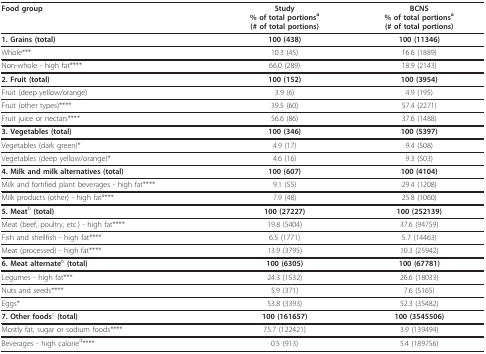
<table><thead><tr><td><b>Food group</b></td><td><b>Study% of total portions<sup>a</sup>(# of total portions)</b></td><td><b>BCNS% of total portions<sup>a</sup>(# of total portions)</b></td></tr></thead><tbody><tr><td><b>1. Grains (total)</b></td><td><b>100 (438)</b></td><td><b>100 (11346)</b></td></tr><tr><td>Whole***</td><td>10.3 (45)</td><td>16.6 (1889)</td></tr><tr><td>Non-whole - high fat****</td><td>66.0 (289)</td><td>18.9 (2143)</td></tr><tr><td><b>2. Fruit (total)</b></td><td><b>100 (152)</b></td><td><b>100 (3954)</b></td></tr><tr><td>Fruit (deep yellow/orange)</td><td>3.9 (6)</td><td>4.9 (195)</td></tr><tr><td>Fruit (other types)****</td><td>39.5 (60)</td><td>57.4 (2271)</td></tr><tr><td>Fruit juice or nectars****</td><td>56.6 (86)</td><td>37.6 (1488)</td></tr><tr><td><b>3. Vegetables (total)</b></td><td><b>100 (346)</b></td><td><b>100 (5397)</b></td></tr><tr><td>Vegetables (dark green)*</td><td>4.9 (17)</td><td>9.4 (508)</td></tr><tr><td>Vegetables (deep yellow/orange)*</td><td>4.6 (16)</td><td>9.3 (503)</td></tr><tr><td><b>4. Milk and milk alternatives (total)</b></td><td><b>100 (607)</b></td><td><b>100 (4104)</b></td></tr><tr><td>Milk and fortified plant beverages - high fat****</td><td>9.1 (55)</td><td>29.4 (1208)</td></tr><tr><td>Milk products (other) - high fat****</td><td>7.9 (48)</td><td>25.8 (1060)</td></tr><tr><td><b>5. Meat</b><sup>b </sup><b>(total)</b></td><td><b>100 (27227)</b></td><td><b>100 (252139)</b></td></tr><tr><td>Meat (beef, poultry, etc.) - high fat****</td><td>19.8 (5404)</td><td>37.6 (94759)</td></tr><tr><td>Fish and shellfish - high fat****</td><td>6.5 (1771)</td><td>5.7 (14463)</td></tr><tr><td>Meat (processed) - high fat****</td><td>13.9 (3795)</td><td>10.3 (25942)</td></tr><tr><td><b>6. Meat alternate</b><sup>b </sup><b>(total)</b></td><td><b>100 (6305)</b></td><td><b>100 (67781)</b></td></tr><tr><td>Legumes - high fat***</td><td>24.3 (1532)</td><td>26.6 (18033)</td></tr><tr><td>Nuts and seeds****</td><td>5.9 (371)</td><td>7.6 (5165)</td></tr><tr><td>Eggs*</td><td>53.8 (3393)</td><td>52.3 (35482)</td></tr><tr><td><b>7. Other foods</b><sup>c </sup><b>(total)</b></td><td><b>100 (161657)</b></td><td><b>100 (3545506)</b></td></tr><tr><td>Mostly fat, sugar or sodium foods****</td><td>75.7 (122421)</td><td>3.9 (139494)</td></tr><tr><td>Beverages - high calorie<sup>d</sup>****</td><td>0.5 (913)</td><td>5.4 (189756)</td></tr></tbody></table>